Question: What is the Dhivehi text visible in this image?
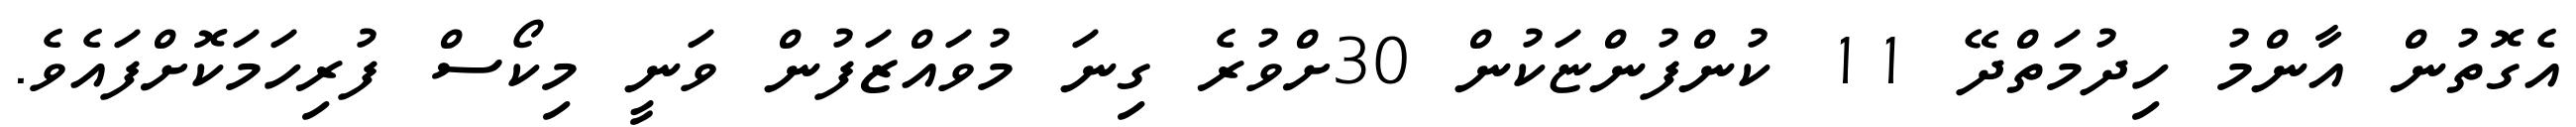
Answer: އެގޮތުން އާންމު ހިދުމަތްދޭ 11 ކުންފުންޏަކުން 30ށްވުރެ ގިނަ މުވައްޒަފުން ވަނީ މިކޯސް ފުރިހަމަކޮށްފައެވެ.